Annual statistical returns and brief notes on vaccination in Bengal - 1909-1929
Year: 1909
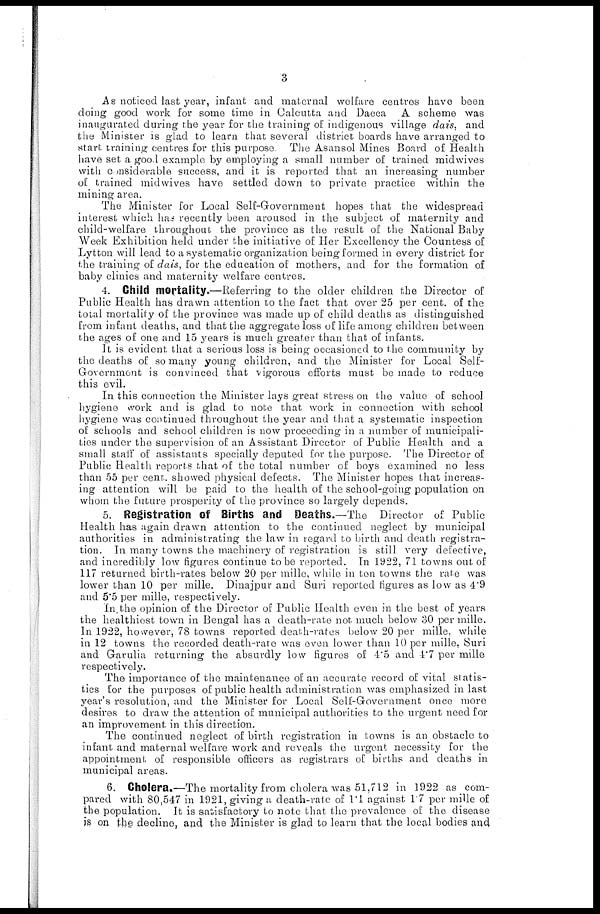
3
As noticed last year, infant and maternal welfare centres have been
doing good work for some time in Calcutta and Dacca A scheme was
inaugurated during the year for the training of indigenous village dais, and
the Minister is glad to learn that several district boards have arranged to
start training centres for this purpose. The Asansol Mines Board of Health
have set a good example by employing a small number of trained mid wives
with considerable success, and it is reported that an increasing number
of trained mid wives have settled down to private practice within the
mining area.
The Minister for Local Self-Government hopes that the widespread
interest which has recently been aroused in the subject of maternity and
child-welfare throughout the province as the result of the National Baby
Week Exhibition held under the initiative of Her Excellency the Countess of
Lytton will lead to a systematic organization being formed in every district for
the training of dais, for the education of mothers, and for the formation of
baby clinics and maternity welfare centres.
4. Child mortality.—Referring to the older children the Director of
Public Health has drawn attention to the fact that over 25 per cent. of the
total mortality of the province was made up of child deaths as distinguished
from infant deaths, and that the aggregate loss of life among children between
the ages of one and 15 years is much greater than that of infants.
It is evident that a serious loss is being occasioned to the community by
the deaths of so many young children, and the Minister for Local Self-
Government is convinced that vigorous efforts must be made to reduce
this evil.
In this connection the Minister lays great stress on the value of school
hygiene work and is glad to note that work in connection with school
hygiene was continued throughout the year and that a systematic inspection
of schools and school children is now proceeding in a number of municipali-
ties under the supervision of an Assistant Director of Public Health and a
small staff of assistants specially deputed for the purpose. The Director of
Public Health reports that of the total number of boys examined no less
than 55 per cent. showed physical defects. The Minister hopes that increas-
ing attention will be paid to the health of the school-going population on
whom the future prosperity of the province so largely depends.
5. Registration of Births and Deaths.—The Director of Public
Health has again drawn attention to the continued neglect by municipal
authorities in administrating the law in regard to birth and death registra-
tion. In many towns the machinery of registration is still very defective,
and incredibly low figures continue to be reported. In 1922, 71 towns out of
117 returned birth-rates below 20 per mille, while in ton towns the rate was
lower than 10 per mille. Dinajpur and Suri reported figures as low as 4.9
and 5.5 per mille, respectively.
In the opinion of the Director of Public Health even in the best of years
the healthiest town in Bengal has a death-rate not much below 30 per mille.
In 1922, however, 78 towns reported death-rates below 20 per mille, while
in 12 towns the recorded death-rate was even lower than 10 per mille, Suri
and Garulia returning the absurdly low figures of 4.5 and 4.7 per mille
respectively.
The importance of the maintenance of an accurate record of vital statis-
tics for the purposes of public health administration was emphasized in last
year's resolution, and the Minister for Local Self-Government once more
desires to draw the attention of municipal authorities to the urgent need for
an improvement in this direction.
The continued neglect of birth registration in towns is an obstacle to
infant and maternal welfare work and reveals the urgent necessity for the
appointment of responsible officers as registrars of births and deaths in
municipal areas.
6. Cholera.—The mortality from cholera was 51,712 in 1922 as com-
pared with 80,547 in 1921, giving a death-rate of 1.1 against 1.7 per mille of
the population. It is satisfactory to note that the prevalence of the disease
is on the decline, and the Minister is glad to learn that the local bodies and